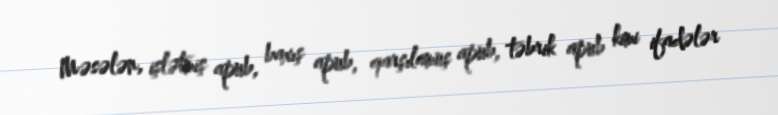
Məsələn, işlətmiş apub, baxış apub, qarşılamuş apub, təbrik apub kimi ifadələr